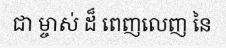
ជា ម្ចាស់ ដ៏ ពេញលេញ នៃ